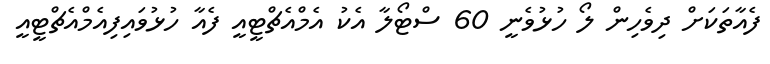
ފެއާތަކަށް ދިވެހިން ލޯ ހުޅުވެނީ 60 ސްޓޯލާ އެކު އެމްއެޗްޓީއީ ފެއާ ހުޅުވައިފިއެމްއެޗްޓީއީ